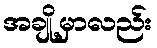
အချို့မှာလည်း